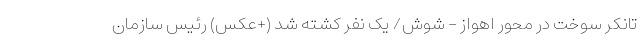
تانکر سوخت در محور اهواز - شوش/ یک نفر کشته شد (+عکس) رئیس سازمان